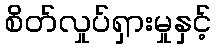
စိတ်လှုပ်ရှားမှုနှင့်